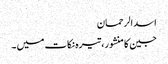
اسد الرحمان
جین کا منشور، تیرہ نکات میں ۔